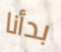
بدأنا